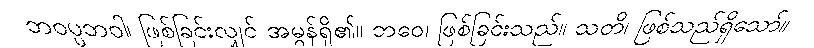
ဘဝပ္ပဘဝါ၊ ဖြစ်ခြင်းလျှင် အမွန်ရှိ၏။ ဘဝေ၊ ဖြစ်ခြင်းသည်။ သတိ၊ ဖြစ်သည်ရှိသော်။